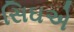
સિઘએ